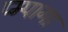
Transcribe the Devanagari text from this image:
प्म्पागा